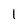
Character: I